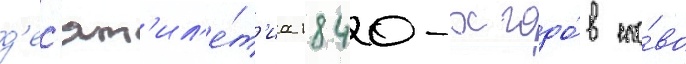
д'ес'ят'ил'е́т'иа 1840-х годо́в сло́во